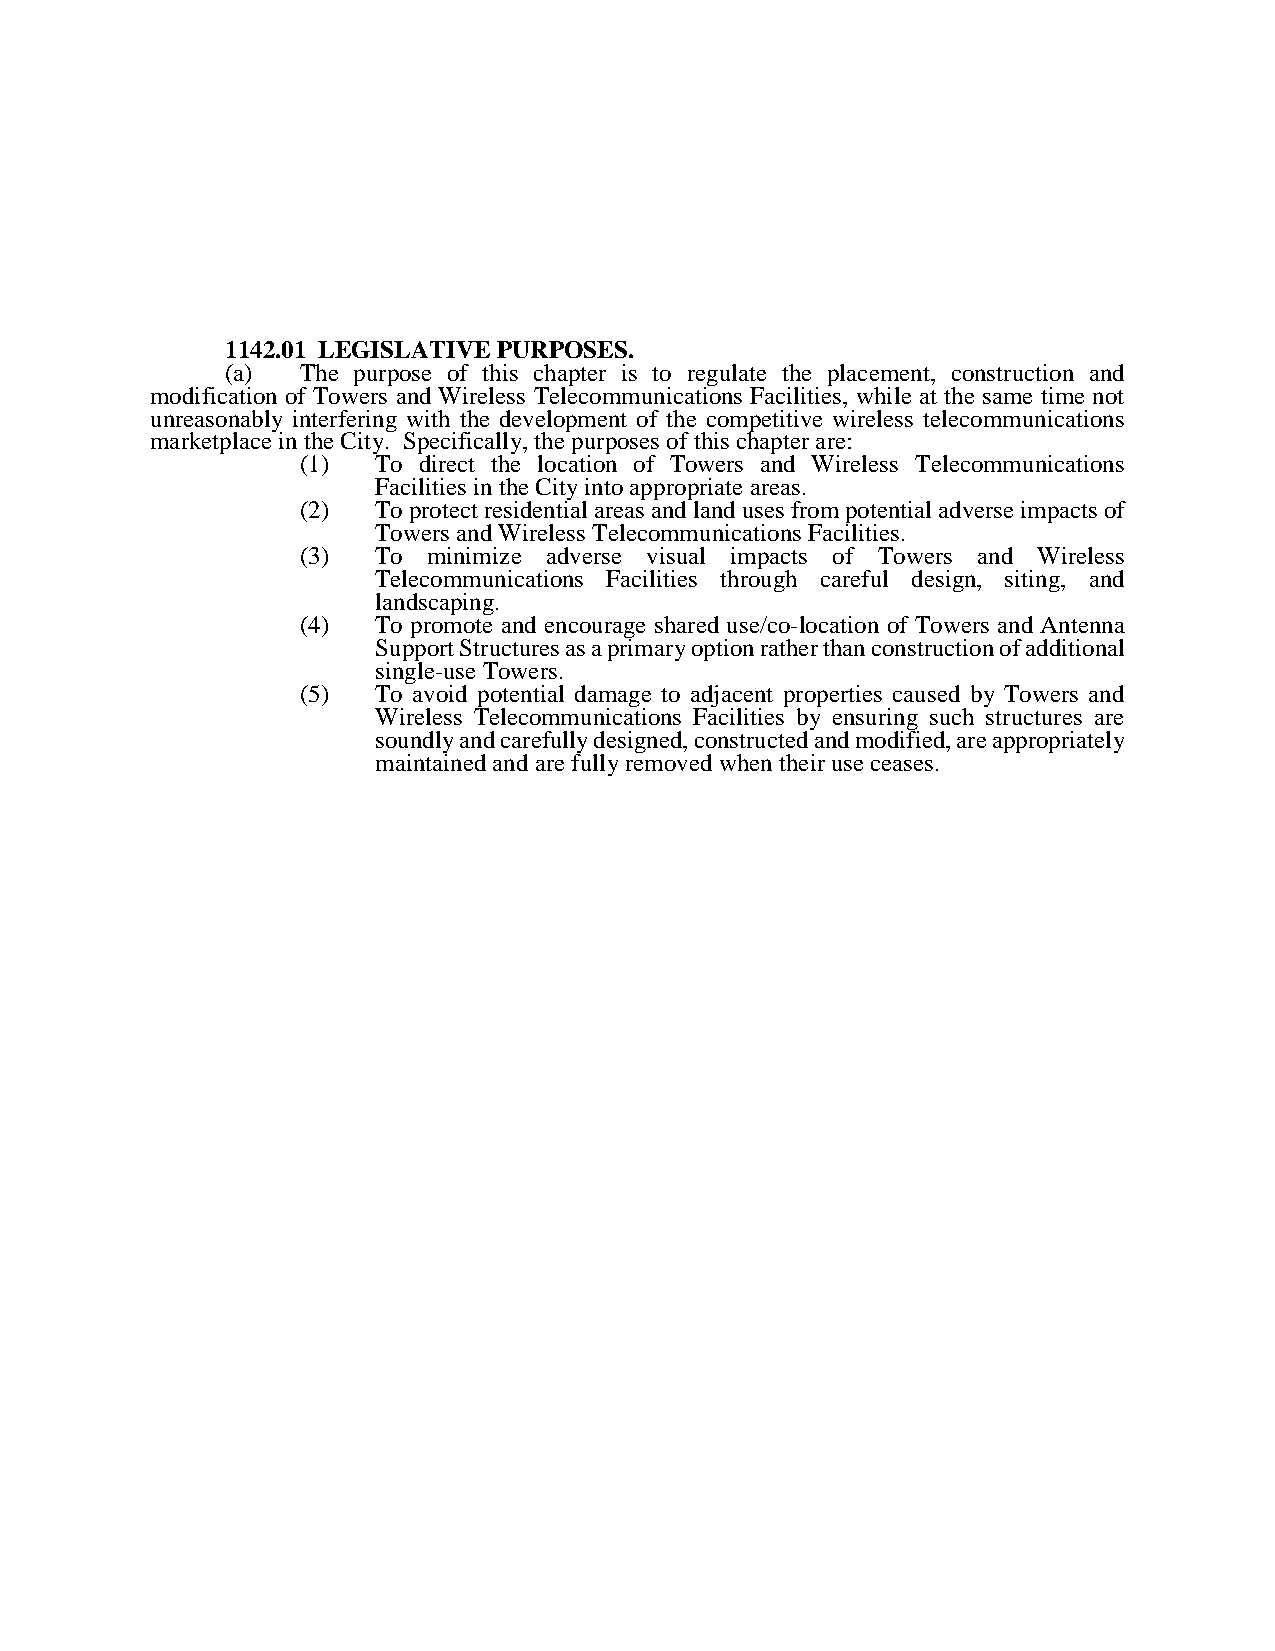
1142.01 LEGISLATIVE PURPOSES.
 (a)  The purpose of this chapter is to regulate the placement, construction and
 modification of Towers and Wireless Telecommunications Facilities, while at the same time not
 unreasonably interfering with the development of the competitive wireless telecommunications
 marketplace in the City. Specifically, the purposes of this chapter are:
 (1)  To direct the location of Towers and Wireless Telecommunications
 Facilities in the City into appropriate areas.
 (2)  To protect residential areas and land uses from potential adverse impacts of
 Towers and Wireless Telecommunications Facilities.
 (3)  To minimize adverse visual impacts of Towers and Wireless
 Telecommunications Facilities through careful design, siting, and
 landscaping.
 (4)  To promote and encourage shared use/co-location of Towers and Antenna
 Support Structures as a primary option rather than construction of additional
 single-use Towers.
 (5)  To avoid potential damage to adjacent properties caused by Towers and
 Wireless Telecommunications Facilities by ensuring such structures are
 soundly and carefully designed, constructed and modified, are appropriately
 maintained and are fully removed when their use ceases.